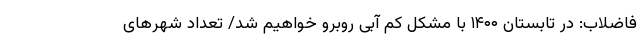
فاضلاب: در تابستان ۱۴۰۰ با مشکل کم آبی روبرو خواهیم شد/ تعداد شهرهای